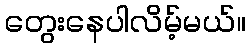
တွေးနေပါလိမ့်မယ်။